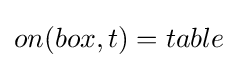
on(box,t)=table